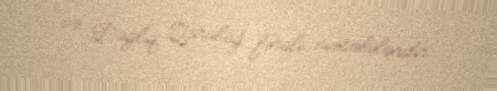
və Dağlıq Qarabağ fərqli məsələlərdir.